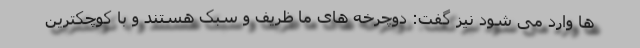
ها وارد می شود نیز گفت: دوچرخه های ما ظریف و سبک هستند و با کوچکترین